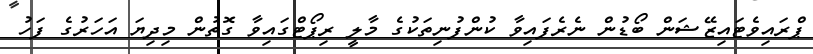
ޕްރައިވެޓައިޒޭޝަން ބޯޑުން ނެރެފައިވާ ކުންފުނިތަކުގެ މާލީ ރިޕޯޓްގައިވާ ގޮތުން މިދިޔަ އަހަރުގެ ފަހު